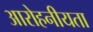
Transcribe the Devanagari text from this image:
आरोहनीयता